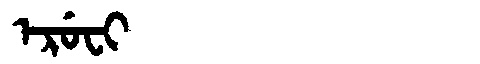
Manchu: ᡝᡵᡠᠸᡳ
Romanization: ERUFI